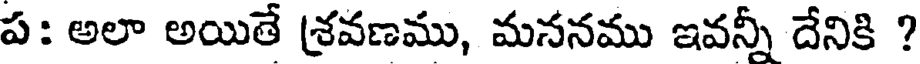
ప: అలా అయితే శ్రవణము, మననము ఇవన్నీ దేనికి ?